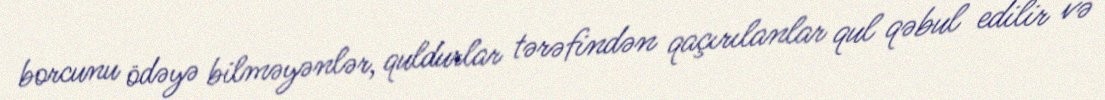
borcunu ödəyə bilməyənlər, quldurlar tərəfindən qaçırılanlar qul qəbul edilir və